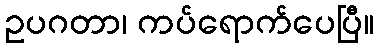
ဥပဂတာ၊ ကပ်ရောက်ပေပြီ။